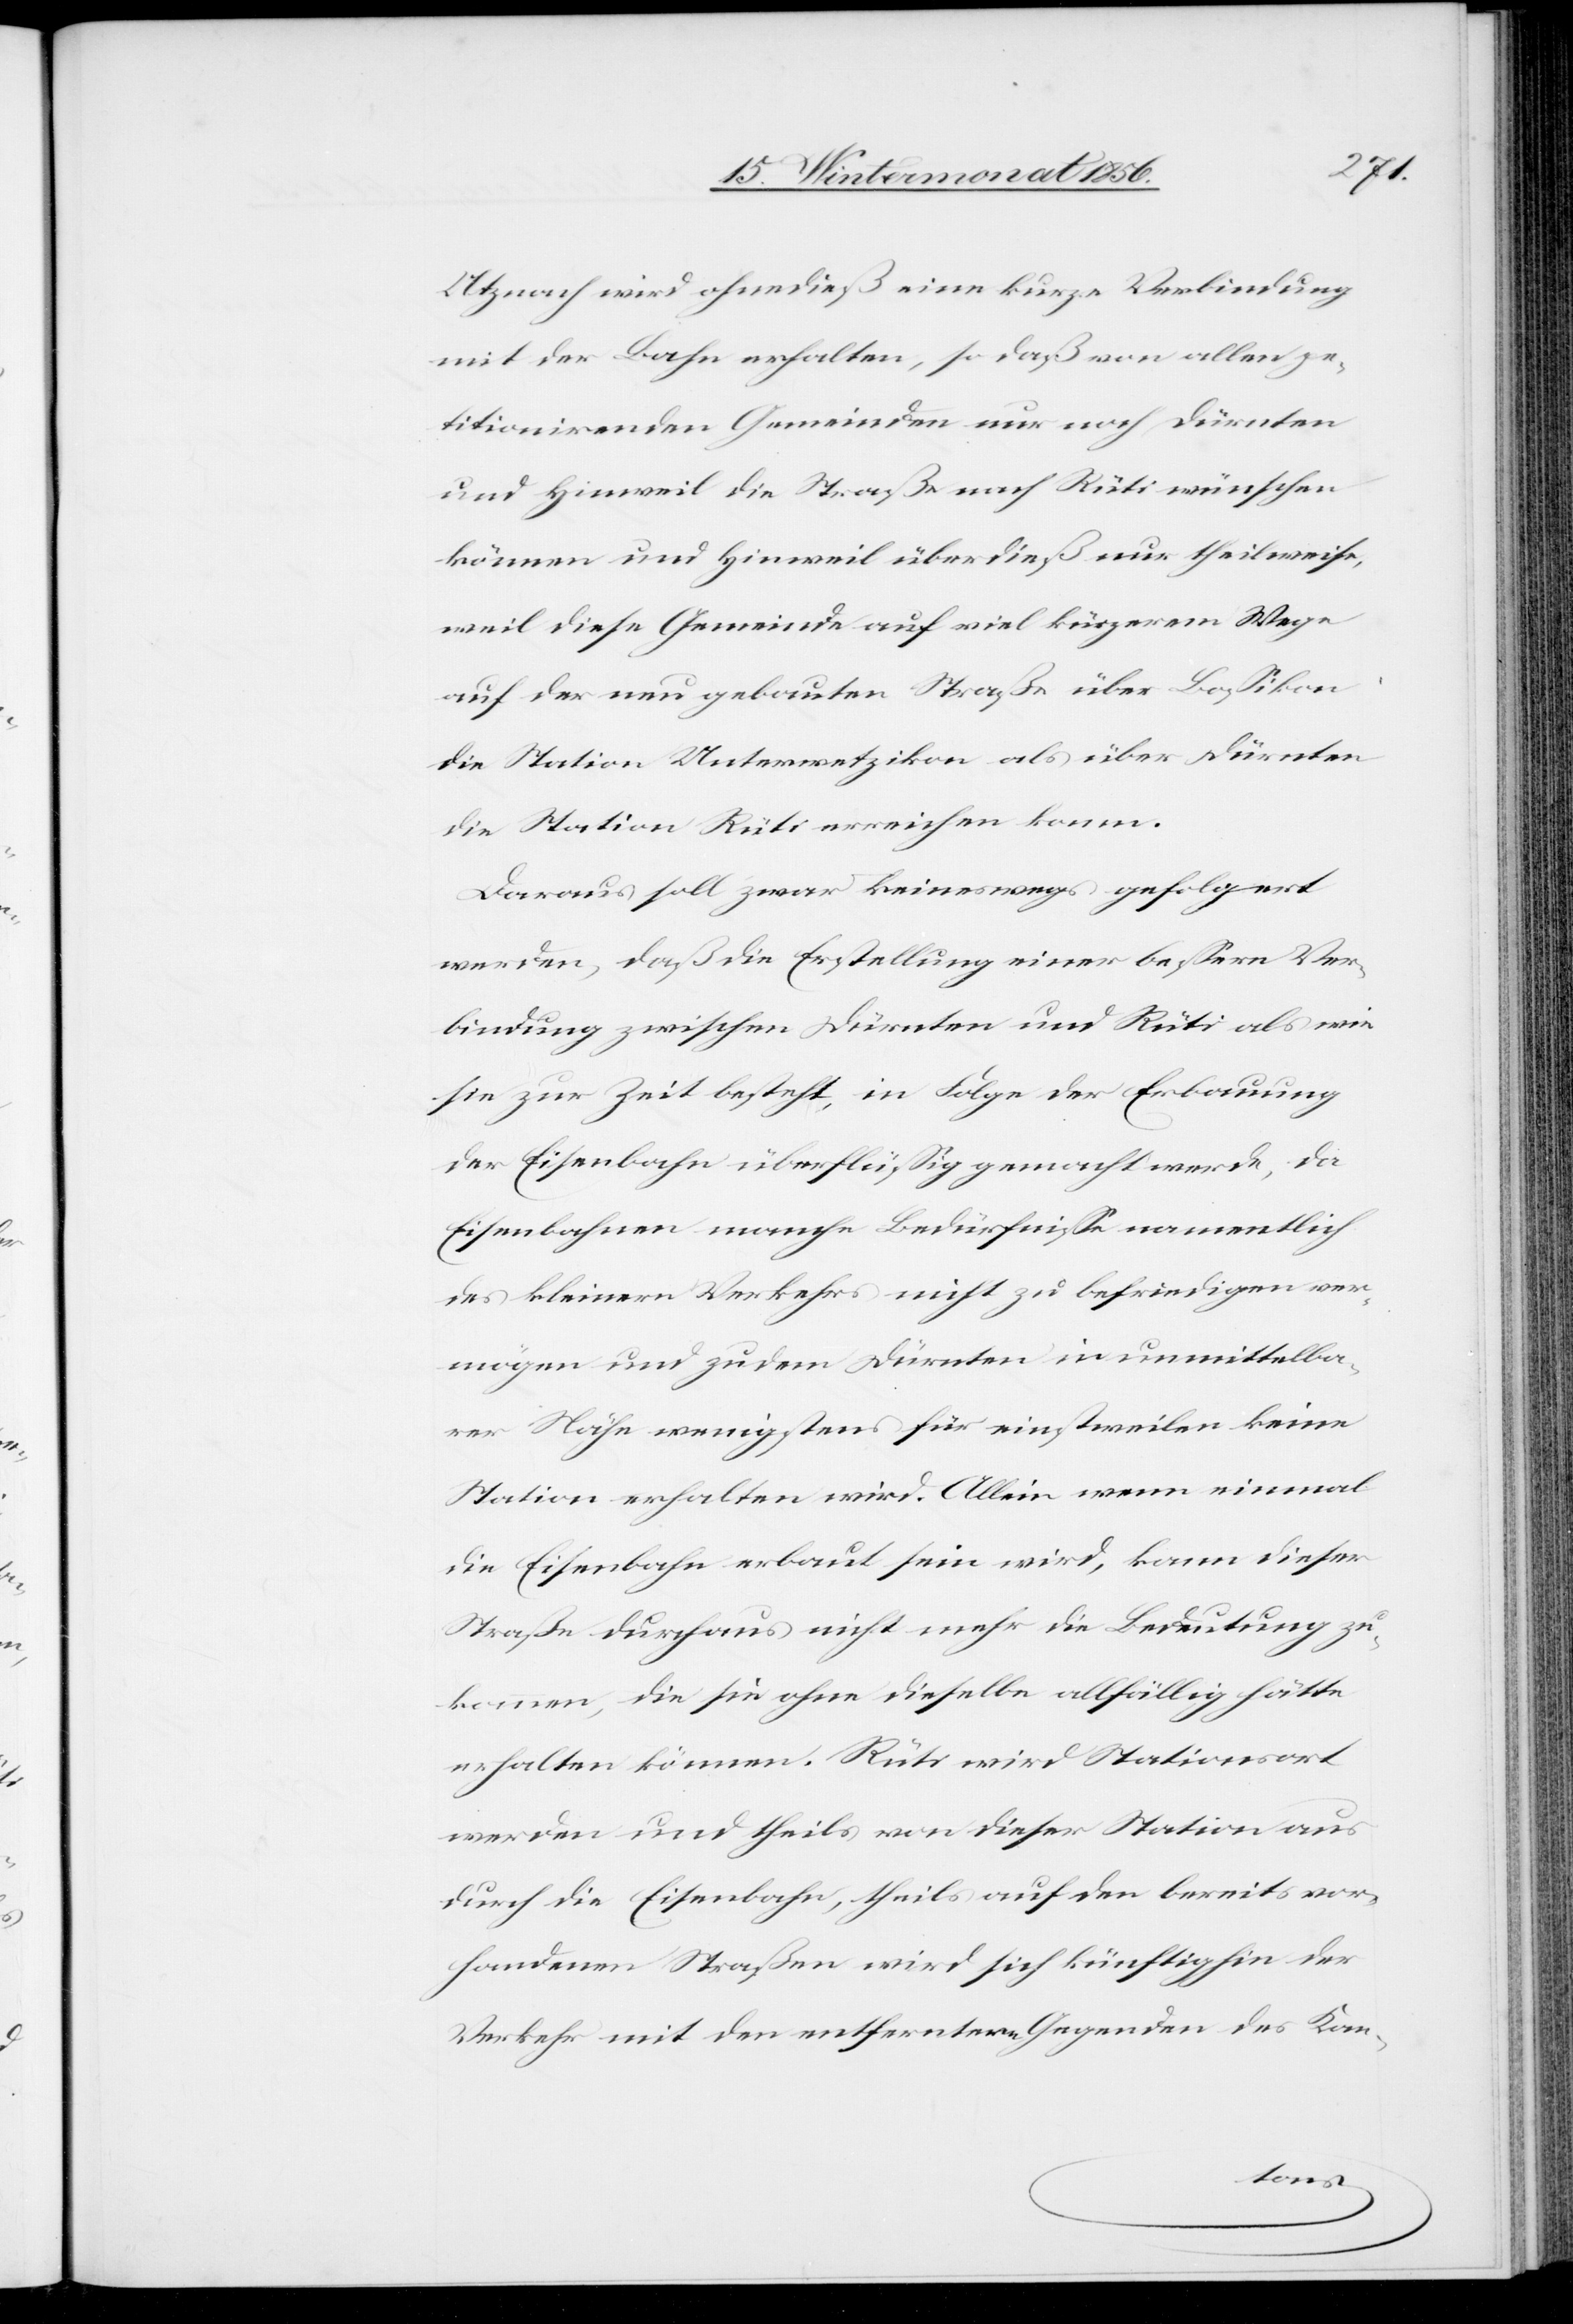
Utznach wird ohnedieß eine kurze Verbindung
mit der Bahn erhalten, so daß von allen pe¬
titionirenden Gemeinden nur noch Dürnten
und Hinweil die Straße nach Rüti wünschen
können und Hinweil überdieß nur theilweise,
weil diese Gemeinde auf viel kürzerem Wege
auf der neu gebauten Straße über Bossikon
die Station Unterwetzikon als über Dürnten
die Station Rüti erreichen kann.
Daraus soll zwar keineswegs gefolgert
werden, daß die Erstellung einer bessern Ver¬
bindung zwischen Dürnten und Rüti als wie
sie zur Zeit besteht, in Folge der Erbauung
der Eisenbahn überflüssig gemacht werde, da
Eisenbahnen manche Bedürfnisse namentlich
des kleinern Verkehrs nicht zu befriedigen ver¬
mögen und zudem Dürnten in unmittelba¬
rer Nähe wenigstens für einstweilen keine
Station erhalten wird. Allein wenn einmal
die Eisenbahn erbaut sein wird, kann dieser
Straße durchaus nicht mehr die Bedeutung zu¬
kommen, die sie ohne dieselbe allfällig hätte
erhalten können. Rüti wird Stationsort
werden und theils von dieser Station aus
durch die Eisenbahn, theils auf den bereits vor¬
handenen Straßen wird sich künftighin der
Verkehr mit den entferntern Gegenden des Kan-